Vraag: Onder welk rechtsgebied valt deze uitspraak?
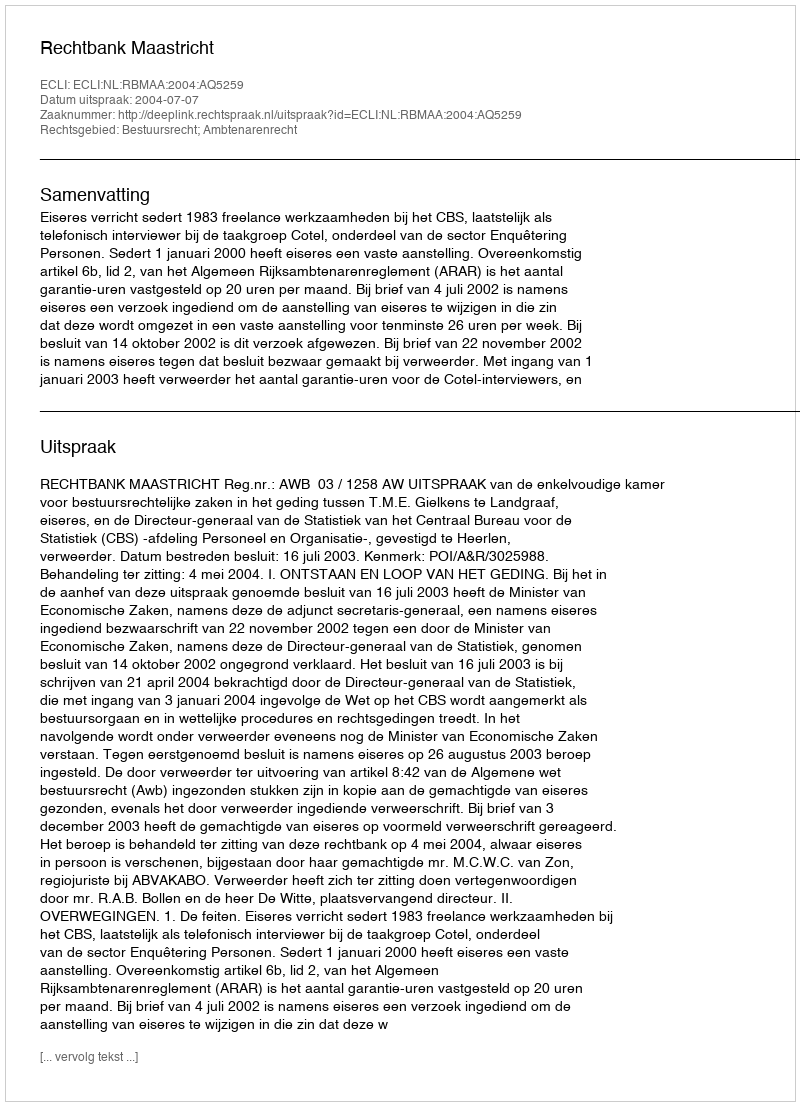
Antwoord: Bestuursrecht; Ambtenarenrecht